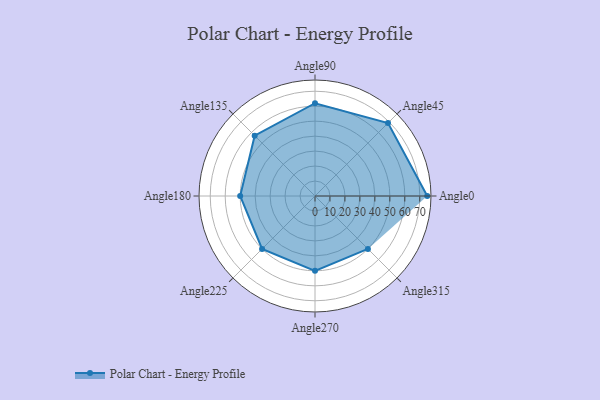
{"axis": {"x": "Angle", "y": "Radius"}, "legend": [""], "data": [{"x": "Angle0", "y": 75.0, "type": ""}, {"x": "Angle45", "y": 69.0, "type": ""}, {"x": "Angle90", "y": 62.0, "type": ""}, {"x": "Angle135", "y": 57.0, "type": ""}, {"x": "Angle180", "y": 50, "type": ""}, {"x": "Angle225", "y": 50, "type": ""}, {"x": "Angle270", "y": 50, "type": ""}, {"x": "Angle315", "y": 50, "type": ""}]}